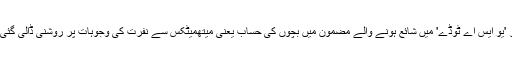
اخبار 'یو ایس اے ٹوڈے' میں شائع ہونے والے مضمون میں بچوں کی حساب یعنی میتھمیٹکس سے نفرت کی وجوہات پر روشنی ڈالی گئی ہے۔